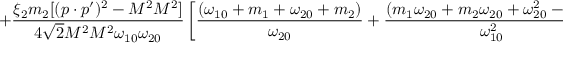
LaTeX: + \frac { \xi _ { 2 } m _ { 2 } [ ( p \cdot p ^ { \prime } ) ^ { 2 } - M ^ { 2 } M ^ { 2 } ] } { 4 \sqrt { 2 } M ^ { 2 } M ^ { 2 } \omega _ { 1 0 } \omega _ { 2 0 } } \left[ \frac { ( \omega _ { 1 0 } + m _ { 1 } + \omega _ { 2 0 } + m _ { 2 } ) } { \omega _ { 2 0 } } + \frac { ( m _ { 1 } \omega _ { 2 0 } + m _ { 2 } \omega _ { 2 0 } + \omega _ { 2 0 } ^ { 2 } - \omega _ { 1 0 } ^ { 2 } ) } { \omega _ { 1 0 } ^ { 2 } } \right] \; , \, [ 2 m m ]